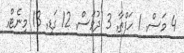
4 މަސް